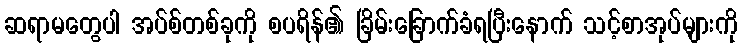
ဆရာမတွေပါ အပ်စ်တစ်ခုကို စပရိန်၏ ခြိမ်းခြောက်ခံရပြီးနောက် သင့်စာအုပ်များကို